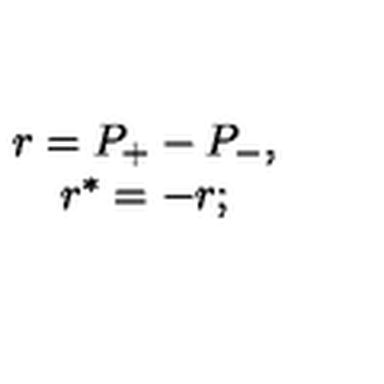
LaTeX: \begin{array} { c } { r = P _ { + } - P _ { - } , } \\ { r ^ { * } = - r ; } \\ \end{array}